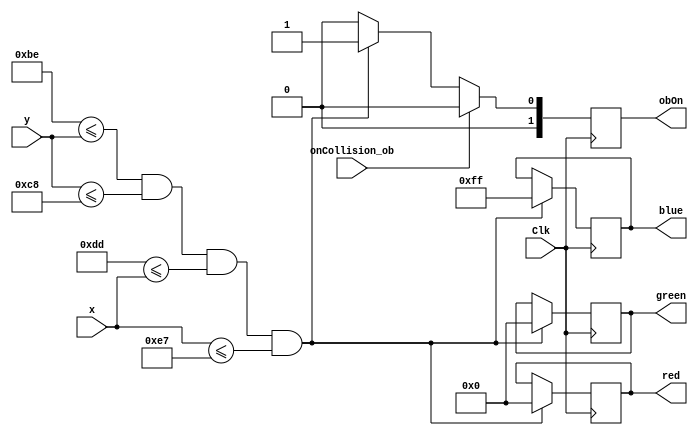
`timescale 1ns / 1ps
//////////////////////////////////////////////////////////////////////////////////
// Company: 
// Engineer: 
// 
// Design Name: 
// Module Name: ObstacleBlue
// Project Name: 
// Target Devices: 
// Tool Versions: 
// Description: 
// 
// Dependencies: 
// 
// Revision:
// Revision 0.01 - File Created
// Additional Comments:
// 
//////////////////////////////////////////////////////////////////////////////////


module ObstacleBlue(
    input wire Clk,
    input wire [9:0] x,
    input wire [9:0] y,
    output reg [7:0] red,
    output reg [7:0] green,
    output reg [7:0] blue,
    output reg [1:0] obOn,
    input wire onCollision_ob
    );
    
    parameter Bupper = 190;
    parameter Blower = 200;
    parameter Bleft = 221;
    parameter Bright = 231;
  
    always @(posedge Clk) 
        begin
            if(Bupper <= y && y <= Blower && Bleft <= x && x <= Bright) 
                begin
                    red <= 8'd0;
                    green <= 8'd0;
                    blue <= 8'd255;
                    obOn<= 1;
                end
             else
                obOn <= 0;
                
             if(onCollision_ob == 1)
                obOn <= 0;
        end
        
    
endmodule